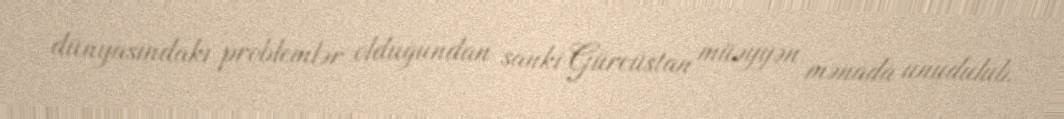
dünyasındakı problemlər olduğundan sanki Gürcüstan müəyyən mənada unudulub.